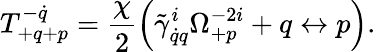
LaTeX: T_{+q+p}^{-\dot{q}}=\frac{\chi}{2}\left(\tilde{\gamma}_{\dot{q}q}^{i}\Omega_{+p}^{-2i}+q\leftrightarrow p\right).